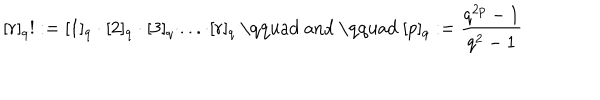
[ r ] _ { q } ! : = [ 1 ] _ { q } \cdot [ 2 ] _ { q } \cdot [ 3 ] _ { q } \cdot . . . \cdot [ r ] _ { q } \mathrm { ~ \qquad ~ a n d ~ \qquad ~ } [ p ] _ { q } : = \frac { q ^ { 2 p } - 1 } { q ^ { 2 } - 1 }